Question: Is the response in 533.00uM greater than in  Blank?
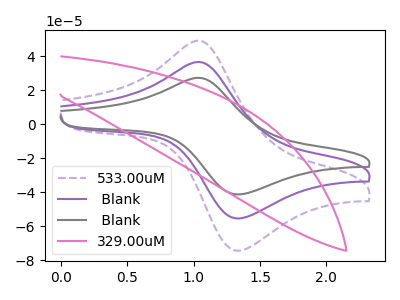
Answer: <think>The purple dashed curve "533.00uM" has an anodic peak at (1.05V, 49.10uA) and a cathodic peak at (1.30V, -74.30uA). The purple curve " Blank" has an anodic peak at (1.05V, 36.55uA) and a cathodic peak at (1.30V, -55.35uA). The gray curve " Blank" has an anodic peak at (1.05V, 73.15uA) and a cathodic peak at (1.30V, -110.70uA). The pink curve "329.00uM" has no peaks.
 All the peaks in "533.00uM" have a peak in " Blank" at the same potential. Every peak in "533.00uM" is higher than every peak in " Blank".</think>
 <answer>"533.00uM" has more signal than " Blank".</answer>
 <eval>more_signal</eval>